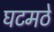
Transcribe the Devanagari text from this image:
घटमठे